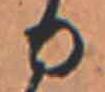
る